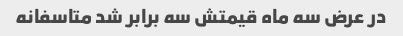
در عرض سه ماه قیمتش سه برابر شد متاسفانه